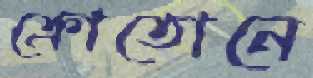
ক্রোতোনে